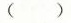
( )